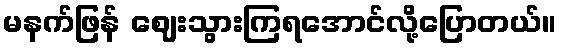
မနက်ဖြန် ဈေးသွားကြရအောင်လို့ပြောတယ်။